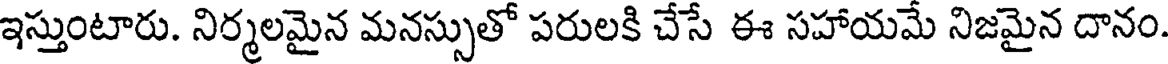
ఇస్తుంటారు. నిర్మలమైన మనస్సుతో పరులకి చేసే ఈ సహాయమే నిజమైన దానం